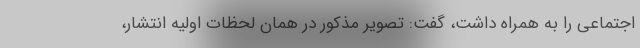
اجتماعی را به همراه داشت، گفت: تصویر مذکور در همان لحظات اولیه انتشار،